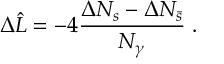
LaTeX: \Delta \hat { L } = - 4 \frac { \Delta N _ { s } - \Delta N _ { \bar { s } } } { N _ { \gamma } } \; .